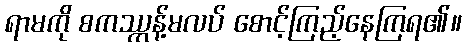
ရာမကို စကဿ္ကန့်မလပ် စောင့်ကြည့်နေကြရ၏။